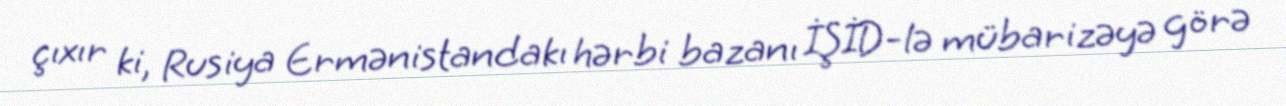
çıxır ki, Rusiya Ermənistandakı hərbi bazanı İŞİD-lə mübarizəyə görə